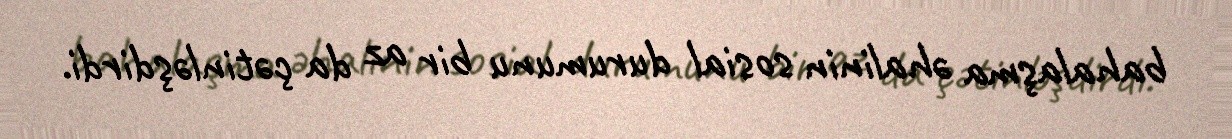
bahalaşma əhalinin sosial durumunu bir az da çətinləşdirdi.